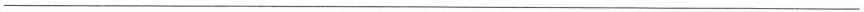
___